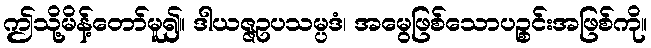
ဤသို့မိန့်တော်မူ၍။ ဒါယဇ္ဇဥပသမ္ပဒံ၊ အမွေဖြစ်သောပဉ္စင်းအဖြစ်ကို။